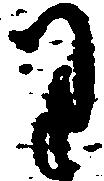
り